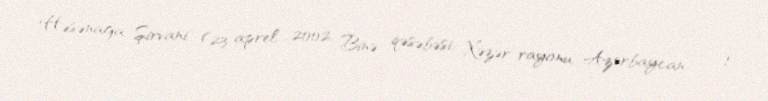
Həsənağa Şirvani (23 aprel 2002, Binə qəsəbəsi, Xəzər rayonu, Azərbaycan — 1